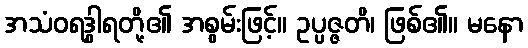
အသံဝရဒွါရတို့၏ အစွမ်းဖြင့်။ ဥပ္ပဇ္ဇတိ၊ ဖြစ်၏။ မနော